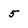
Character: 5